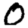
Digit: 0